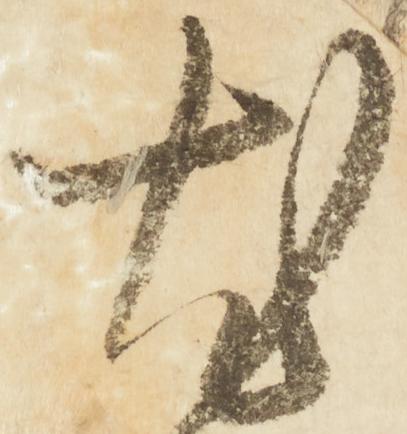
知